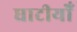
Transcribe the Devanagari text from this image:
घाटीयोँ